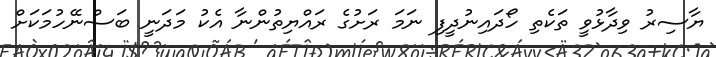
ޔާސިރު ވިދާޅުވީ ތަކެތި ހޯދައިނުދީފި ނަމަ ރަށުގެ ރައްޔިތުންނާ އެކު މަދަނީ ބަސްނޭހުމަކަށް